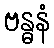
ဗန္ဓနံ